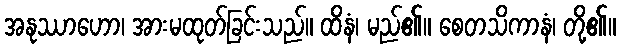
အနုဿာဟော၊ အားမထုတ်ခြင်းသည်။ ထိနံ၊ မည်၏။ စေတသိကာနံ၊ တို့၏။